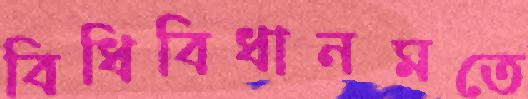
বিধিবিধানমতে